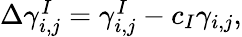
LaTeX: \begin{array}{r}{\Delta\gamma_{i,j}^{I}=\gamma_{i,j}^{I}-c_{I}\gamma_{i,j},}\end{array}